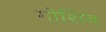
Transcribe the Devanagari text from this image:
गोशिन